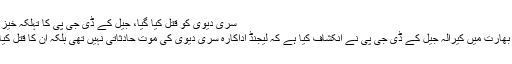
سری دیوی کو قتل کیا گیا، جیل کے ڈی جی پی کا تہلکہ خیز انکشاف
ممبئی : بھارت میں کیرالہ جیل کے ڈی جی پی نے انکشاف کیا ہے کہ لیجنڈ اداکارہ سری دیوی کی موت حادثاتی نہیں تھی بلکہ اُن کا قتل کیا گیا تھا۔